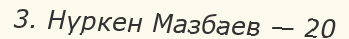
3. Нүркен Мазбаев — 20